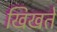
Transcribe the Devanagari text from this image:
खिखते